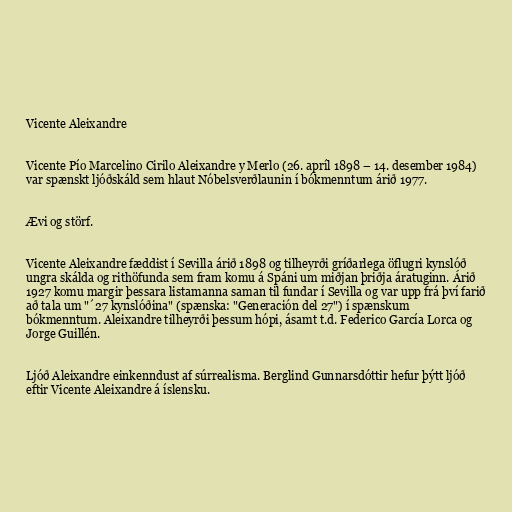
Vicente Aleixandre

Vicente Pío Marcelino Cirilo Aleixandre y Merlo (26. apríl 1898 – 14. desember 1984)
var spænskt ljóðskáld sem hlaut Nóbelsverðlaunin í bókmenntum árið 1977.

Ævi og störf.

Vicente Aleixandre fæddist í Sevilla árið 1898 og tilheyrði gríðarlega öflugri kynslóð
ungra skálda og rithöfunda sem fram komu á Spáni um miðjan þriðja áratuginn. Árið
1927 komu margir þessara listamanna saman til fundar í Sevilla og var upp frá því farið
að tala um "´27 kynslóðina" (spænska: "Generación del 27") í spænskum
bókmenntum. Aleixandre tilheyrði þessum hópi, ásamt t.d. Federico García Lorca og
Jorge Guillén.

Ljóð Aleixandre einkenndust af súrrealisma. Berglind Gunnarsdóttir hefur þýtt ljóð
eftir Vicente Aleixandre á íslensku.